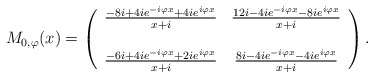
\begin{align*}M_{0, \varphi}(x) =\left(\begin{array}{cc}\frac{-8 i + 4 i e^{- i \varphi x} + 4 i e^{i \varphi x}}{x + i} & \frac{12 i - 4 i e^{- i \varphi x} - 8 i e^{i \varphi x}}{x + i} \\& \\\frac{- 6 i + 4 i e^{- i \varphi x} + 2 i e^{i \varphi x}}{x + i} & \frac{8 i - 4 i e^{- i \varphi x} - 4 i e^{i \varphi x}}{x + i}\end{array}\right).\end{align*}